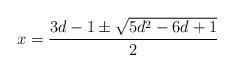
LaTeX: \begin{align*} x = \frac{3d-1 \pm \sqrt{5d^2-6d+1}}{2} \end{align*}